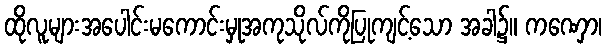
ထိုလူများအပေါင်းမကောင်းမှုအကုသိုလ်ကိုပြုကျင့်သော အခါ၌။ ကဏှော၊